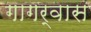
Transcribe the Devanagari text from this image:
गागर्वास